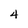
Character: 4